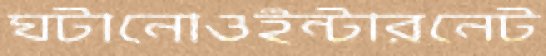
ঘটানোওইন্টারনেট